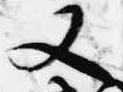
又